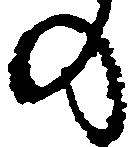
の